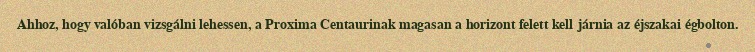
Ahhoz, hogy valóban vizsgálni lehessen, a Proxima Centaurinak magasan a horizont felett kell járnia az éjszakai égbolton.